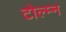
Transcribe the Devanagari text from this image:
टोल्म्न